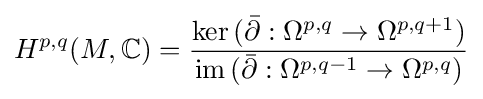
H^{p,q}(M,\mathbb {C} )={\frac {\ker \,({\bar {\partial }}:\Omega ^{p,q}\to \Omega ^{p,q+1})}{\mathrm {im} \,({\bar {\partial }}:\Omega ^{p,q-1}\to \Omega ^{p,q})}}